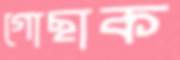
গোছাক